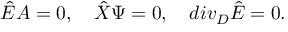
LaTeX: { \hat { E } } A = 0 , \quad { \hat { X } } \Psi = 0 , \quad d i v _ { \cal D } { \hat { E } } = 0 .